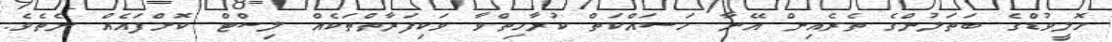
ހޮލީވުޑްގެ ބަތަލުންގެ ތެރެއިން އޭނާ މަސައްކަތް ކުރާހިތްވާ ވަކިފަރާތްތަކެއް ލިސްޓް ކޮށްފައެއް ނެތެވެ.